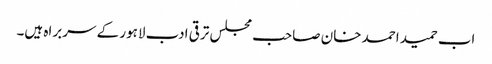
اب حمید احمد خان صاحب مجلس ترقی ادب لاہور کے سربراہ ہیں۔